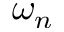
\omega _ { n }